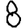
Digit: 8